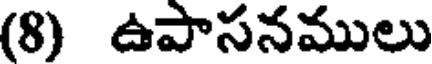
(8) ఉపాసనములు